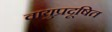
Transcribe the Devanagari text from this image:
वायुप्रदूषित